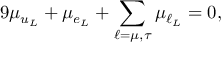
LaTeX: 9 \mu _ { u _ { L } } + \mu _ { e _ { L } } + \sum _ { \ell = \mu , \tau } \mu _ { \ell _ { L } } = 0 ,